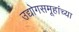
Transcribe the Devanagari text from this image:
उद्योगसमूहांच्या